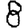
Digit: 8